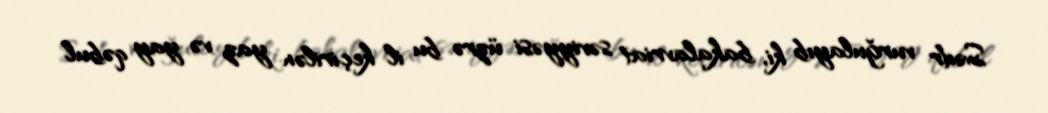
Sədr vurğulayıb ki, bakalavriat səviyyəsi üzrə bu il keçirilən yaz və yay qəbul